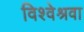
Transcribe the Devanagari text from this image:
विश्वेश्रवा